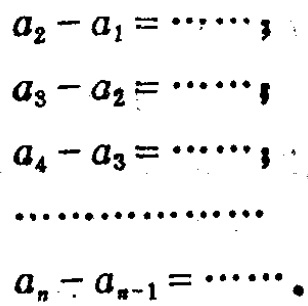
\[
\begin{align*}
a_{2}-a_{1}&=\cdots\cdots\\
a_{3}-a_{2}&=\cdots\cdots\\
a_{4}-a_{3}&=\cdots\cdots\\
&\cdots\cdots\cdots\cdots\\
a_{n}-a_{n - 1}&=\cdots\cdots
\end{align*}
\]